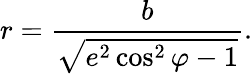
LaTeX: r={\frac{b}{\sqrt{e^{2}\cos^{2}\varphi-1}}}.